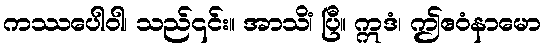
ကဿပေါဝါ၊ သည်၎င်း။ အာသိံ၊ ပြီ။ ဣဒံ၊ ဤဧဝံနာမော